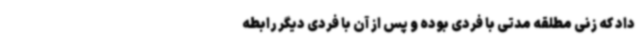
داد که زنی مطلقه مدتی با فردی بوده و پس از آن با فردی دیگر رابطه